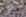
ضريح